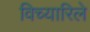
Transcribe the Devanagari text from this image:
विच्यारिले